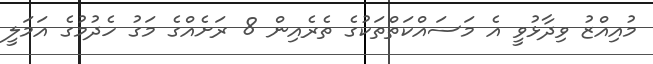
މުއިއްޒު ވިދާޅުވީ އެ މަސައްކަތްތަކުގެ ތެރެއިން 8 ރަށެއްގެ މަގު ހެދުމުގެ އަމަލީ